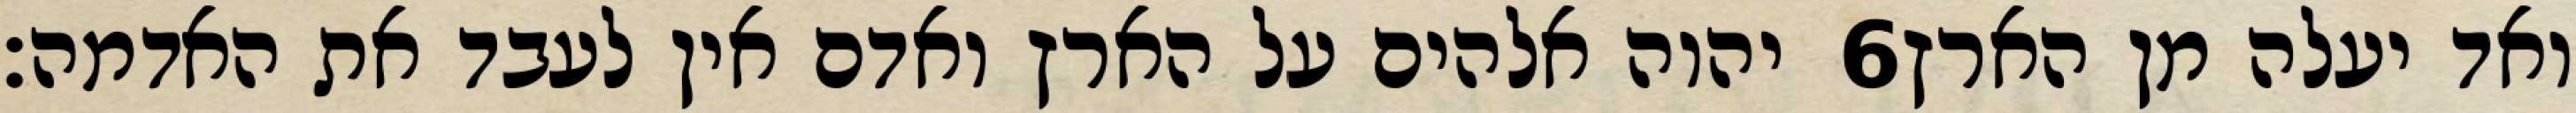
יהוה אלהים על הארץ ואדם אין לעבד את האדמה׃ ‎6‏ ואד יעלה מן הארץ